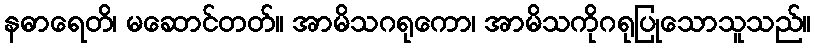
နဓာရေတိ၊ မဆောင်တတ်။ အာမိသဂရုကော၊ အာမိသကိုဂရုပြုသောသူသည်။